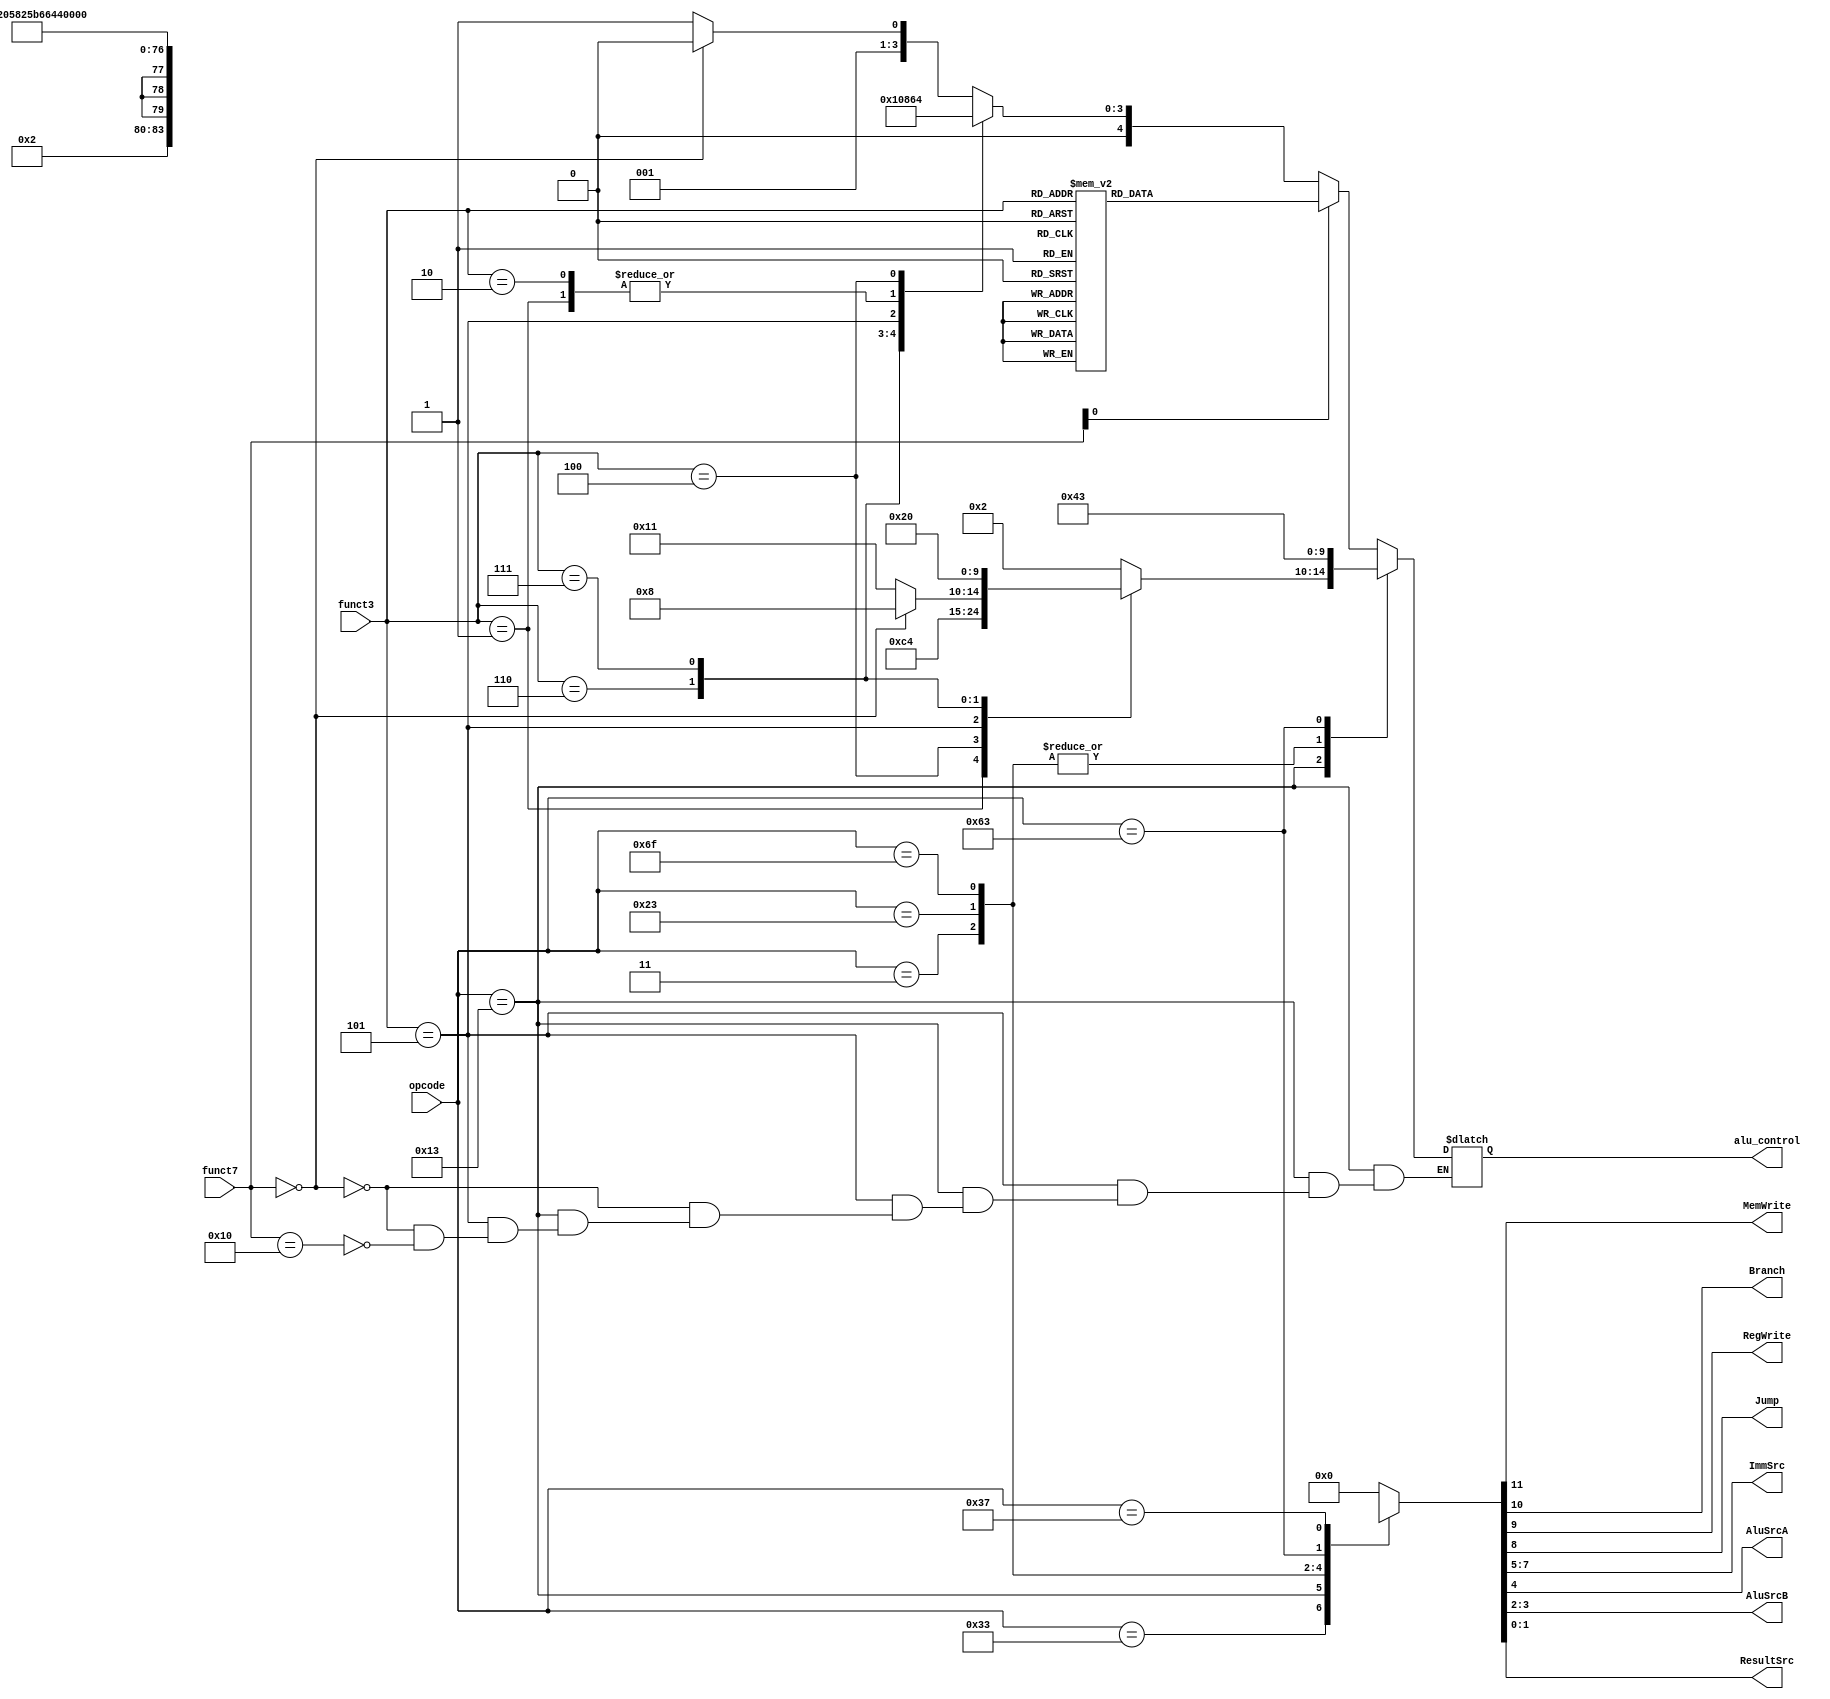
`timescale 1ns / 1ps
  //{MemWrite,Branch,RegWrite,Jump,ImmSrc,AluSrcA,AluSrcB,ResultSrc,alu_control} = 13'b0010_xxx_0_00_0_ // R-type instructions                        
 
module Instr_Decode(opcode,funct3,funct7,alu_control, MemWrite, Branch, RegWrite, Jump, ImmSrc, AluSrcA, AluSrcB, ResultSrc);
    
	input  [6:0] opcode;
	input [2:0] funct3;
	input [6:0] funct7;
	output reg [4:0] alu_control;
	
	output  reg MemWrite;
	output  reg Branch = 0;
	output  reg RegWrite;
	output  reg Jump;
	output reg [2:0] ImmSrc;
	output reg AluSrcA; 
	output  reg [1:0] AluSrcB;	
	output  reg [1:0] ResultSrc;
	
	
//{MemWrite,Branch,RegWrite,Jump,ImmSrc,AluSrcA,AluSrcB,ResultSrc}
always @(*)
begin
        case(opcode)
7'b0110011: 
      begin
      {MemWrite,Branch,RegWrite,Jump,ImmSrc,AluSrcA,AluSrcB,ResultSrc} = 12'b0010_xxx_0_00_00;

      if(funct7[0] == 0)
      begin      
            case (funct3)
                0: begin
                    if(funct7 == 0)
                    alu_control = 5'b00010; // ADD
                    else
                    alu_control = 5'b00011; // SUB
                end
                6: alu_control = 5'b00001; // OR
                7: alu_control = 5'b00000; // AND
                1: alu_control = 5'b00110; // SLL
                5: alu_control = 5'b01000; // SRL
				2: alu_control = 5'b00110; // MUL
				4: alu_control = 5'b00100; // XOR
				default:alu_control = 5'bxxxxx;
            endcase
       end
       
       
    else 
            begin
            case (funct3)
                 0: alu_control = 5'b01001; //MULH
                 1: alu_control = 5'b01010; //MULH
                 2: alu_control = 5'b01011; //MULHU
                 3: alu_control = 5'b01100; //MULHSU
                 4: alu_control = 5'b01101; //DIV
                 5: alu_control = 5'b01110; //DIVU
                 6: alu_control = 5'b01111; //REM
                 7: alu_control = 5'b10000; //REMU
                 default: alu_control = 5'bxxxxx;
            endcase
            end
                 
          end
                 
            
            
            
7'b0010011:  // Arithmetic Immediate Instructions
      begin
       {MemWrite,Branch,RegWrite,Jump,ImmSrc,AluSrcA,AluSrcB,ResultSrc} = 12'b0010_000_0_01_00;

                 case (funct3)
                 0: alu_control = 5'b00010; //ADDI
                 1: alu_control = 5'b00110; //SLLI
                 4: alu_control = 5'b00100; //XORI
                 5: begin
                    if(funct7 == 7'b0000000)
                    alu_control = 5'b01000; // Shift Right Immediate
                    else if(funct7 == 16)
                    alu_control = 5'b10001; //Shift Right Arithmetic Immediate
                    end 
                 6: alu_control = 5'b00001; //ORI
                 7: alu_control = 5'b00000; //ANDI
                 default:alu_control = 5'bxxxxx;
                 endcase
       end
                 
                 
7'b0000011:  // Load word Instructions
begin
{MemWrite,Branch,RegWrite,Jump,ImmSrc,AluSrcA,AluSrcB,ResultSrc} = 12'b0010_000_0_01_01;
alu_control = 5'b00010;
end
                 
7'b0100011: // Store word Instructions
begin
{MemWrite,Branch,RegWrite,Jump,ImmSrc,AluSrcA,AluSrcB,ResultSrc} = 12'b1000_001_0_01_01;
alu_control = 5'b00010;
end
                 
7'b1101111:  // Jump and link Instructions
begin
{MemWrite,Branch,RegWrite,Jump,ImmSrc,AluSrcA,AluSrcB,ResultSrc} = 12'b1011_011_0_01_10;
alu_control = 5'b00010;
end
            
7'b1100011: // Branch Instructions
begin
{MemWrite,Branch,RegWrite,Jump,ImmSrc,AluSrcA,AluSrcB,ResultSrc} = 12'b0100_010_0_00_00;
alu_control = 5'b00011; // SUB
end
            
7'b0110111: // Lower upper immediate
begin
{MemWrite,Branch,RegWrite,Jump,ImmSrc,AluSrcA,AluSrcB,ResultSrc} = 12'b0010_100_1_01_00;
alu_control = 5'bxxxxx;
end 
 
default:
begin
{MemWrite,Branch,RegWrite,Jump,ImmSrc,AluSrcA,AluSrcB,ResultSrc} = 12'b0000_000_0_00_00;
alu_control = 5'bxxxxx;
end
         
endcase
end
            
endmodule